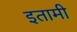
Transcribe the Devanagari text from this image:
इतामी